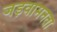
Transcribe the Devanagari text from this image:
जड़वामनता